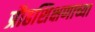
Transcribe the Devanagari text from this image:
प्रौढशिक्षणाच्या